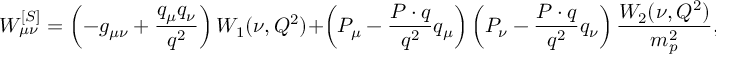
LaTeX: W _ { \mu \nu } ^ { [ S ] } = \left( - g _ { \mu \nu } + \frac { q _ { \mu } q _ { \nu } } { q ^ { 2 } } \right) W _ { 1 } ( \nu , Q ^ { 2 } ) + \left( P _ { \mu } - \frac { P \cdot q } { q ^ { 2 } } q _ { \mu } \right) \left( P _ { \nu } - \frac { P \cdot q } { q ^ { 2 } } q _ { \nu } \right) \frac { W _ { 2 } ( \nu , Q ^ { 2 } ) } { m _ { p } ^ { 2 } } ,